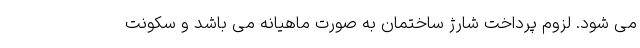
می شود. لزوم پرداخت شارژ ساختمان‌ به صورت ماهیانه می باشد و سکونت